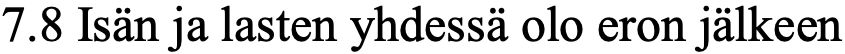
7.8 Isän ja lasten yhdessä olo eron jälkeen